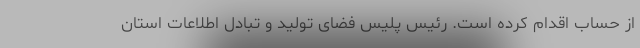
از حساب اقدام کرده است. رئیس پلیس فضای تولید و تبادل اطلاعات استان